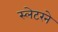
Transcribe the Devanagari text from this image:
स्लेटरने